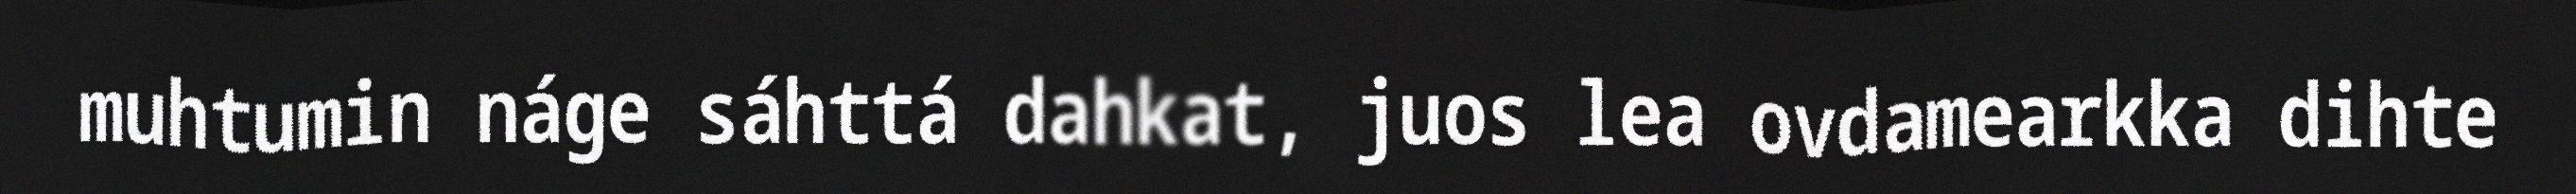
muhtumin náge sáhttá dahkat, juos lea ovdamearkka dihte